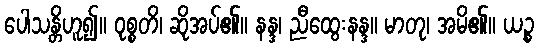
ပေါသန္တိဟူ၍။ ဝုစ္စတိ၊ ဆိုအပ်၏။ နန္ဒ၊ ညီထွေးနန္ဒ။ မာတု၊ အမိ၏။ ယဉ္စ